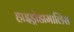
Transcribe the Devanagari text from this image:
हाइड्रोडामालिस